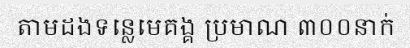
តាមដងទន្លេមេគង្គ ប្រមាណ ៣០០នាក់